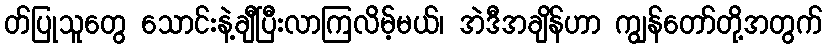
တ်ပြုသူတွေ သောင်းနဲ့ချီပြီးလာကြလိမ့်မယ်၊ အဲဒီအချိန်ဟာ ကျွန်တော်တို့အတွက်